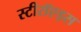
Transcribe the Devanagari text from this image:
स्टीरॉएड्स